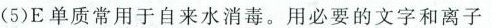
(5)E单质常用于自来水消毒。用必要的文字和离子